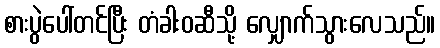
စားပွဲပေါ်တင်ပြီး တံခါးဝဆီသို့ လျှောက်သွားလေသည်။